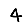
Digit: 4